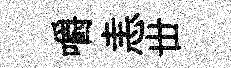
嚼恚丗